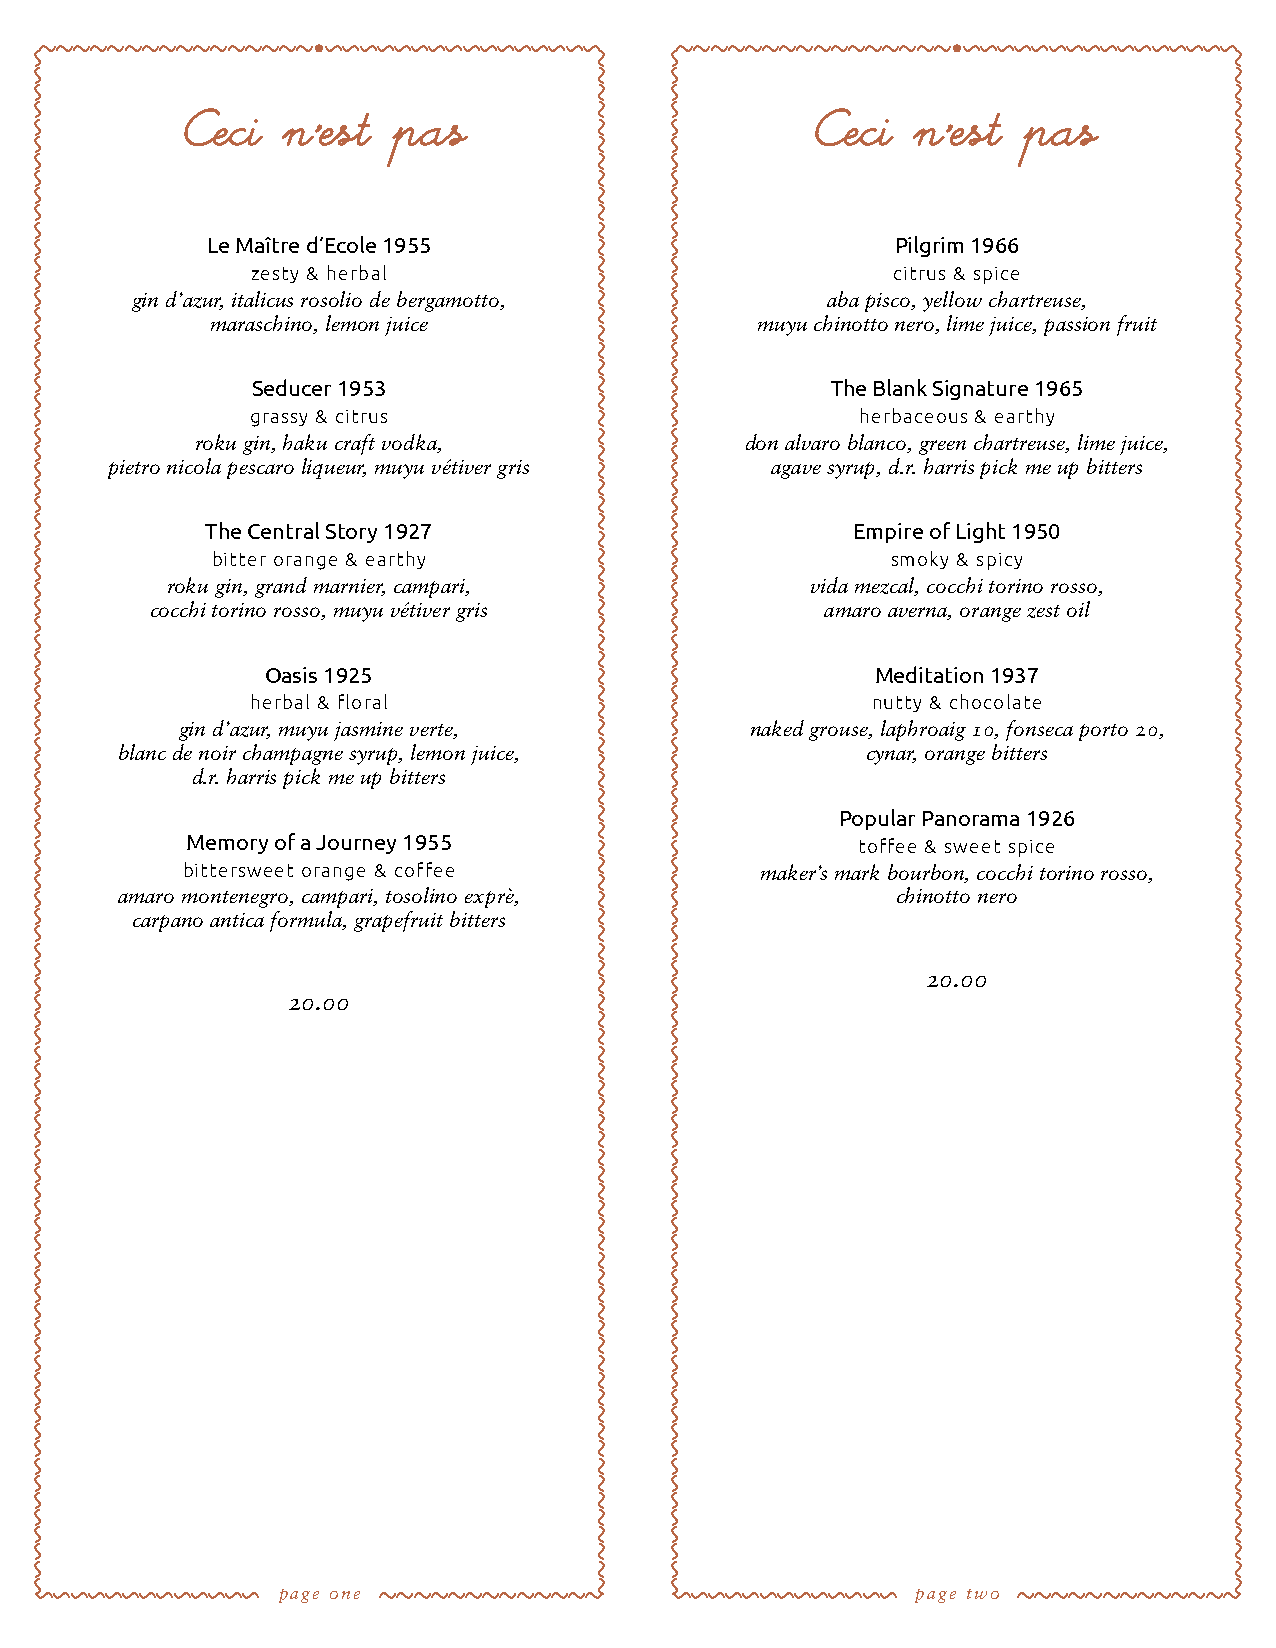
~~~~~~~~~~~~~~~~                           ~~~~~~~~~~~~~~~~
 Le Maître d’Ecole 1955                       Pilgrim 1966
 zesty & herbal                            citrus & spice
 gin d’azur, italicus rosolio de bergamotto,   aba pisco, yellow chartreuse,
 maraschino, lemon juice             muyu chinotto nero, lime juice, passion fruit
 Seducer 1953                          The Blank Signature 1965
 grassy & citrus                         herbaceous & earthy
 roku gin, haku craft vodka,         don alvaro blanco, green chartreuse, lime juice,
 pietro nicola pescaro liqueur, muyu vétiver gris agave syrup, d.r. harris pick me up bitters
 The Central Story 1927                    Empire of Light 1950
 bitter orange & earthy                       smoky & spicy
 roku gin, grand marnier, campari,          vida mezcal, cocchi torino rosso,
 cocchi torino rosso, muyu vétiver gris       amaro averna, orange zest oil
 Oasis 1925                              Meditation 1937
 herbal & floral                          nutty & chocolate
 gin d’azur, muyu jasmine verte,       naked grouse, laphroaig 10, fonseca porto 20,
 blanc de noir champagne syrup, lemon juice,      cynar, orange bitters
 d.r. harris pick me up bitters
 Popular Panorama 1926
 Memory of a Journey 1955                     toffee & sweet spice
 bittersweet orange & coffee           maker’s mark bourbon, cocchi torino rosso,
 amaro montenegro, campari, tosolino exprè,         chinotto nero
 carpano antica formula, grapefruit bitters
 20.00
 20.00
 ~~~~~~~~~~~~~                             ~~~~~~~~~~~~~
 page one                                   page two
 ~~~~~~~~~~~~~~~~~~~~~~~~~~~~~~~~~~~~~~~~~~~~~~~~~~~~~~~~~~~~~~~~~~~~~~~~~~~~~~~~~~~~~~~~~~
 ~ ~ ~ ~ ~ ~ ~ ~ ~ ~ ~ ~ ~
 ~ ~ ~ ~ ~ ~ ~ ~ ~ ~ ~ ~ ~ ~ ~ ~~~~~~~~~~~~~~~~~~~~~~~~~~~~~~~~~~~~~~~~~~~~~~~~~~~~~~~~~~~~~~~~~~~~~~~~~~~~~~~~~~~~~~~~~~~
 ~~~~~~~~~~~~~~~~~~~~~~~~~~~~~~~~~~~~~~~~~~~~~~~~~~~~~~~~~~~~~~~~~~~~~~~~~~~~~~~~~~~~~~~~~~
 ~ ~ ~ ~ ~ ~ ~ ~ ~ ~ ~ ~ ~
 ~ ~ ~ ~ ~ ~ ~ ~ ~ ~ ~ ~ ~ ~ ~ ~~~~~~~~~~~~~~~~~~~~~~~~~~~~~~~~~~~~~~~~~~~~~~~~~~~~~~~~~~~~~~~~~~~~~~~~~~~~~~~~~~~~~~~~~~~